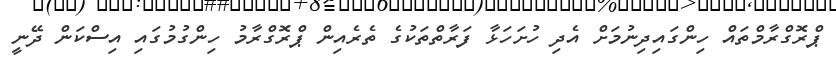
ޕްރޮގްރާމްތައް ހިންގައިދިނުމަށް އެދި ހުށަހަޅާ ފަރާތްތަކުގެ ތެރެއިން ޕްރޮގްރާމު ހިންގުމުގައި އިސްކަން ދޭނީ